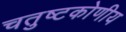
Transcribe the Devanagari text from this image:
चतुष्टकोणीय